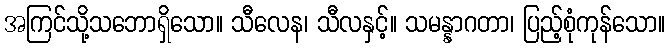
အကြင်သို့သဘောရှိသော။ သီလေန၊ သီလနှင့်။ သမန္နာဂတာ၊ ပြည့်စုံကုန်သော။